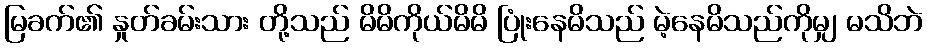
မြခက်၏ နှုတ်ခမ်းသား တို့သည် မိမိကိုယ်မိမိ ပြုံးနေမိသည် မဲ့နေမိသည်ကိုမျှ မသိဘဲ